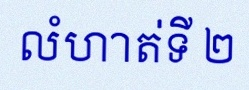
លំហាត់ទី ២